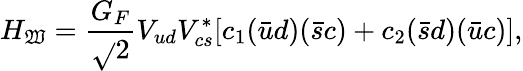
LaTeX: H_{\mathfrak{W}}={\frac{{G_{F}}}{{\sqrt{}{2}}}}V_{ud}V_{cs}^{*}[c_{1}(\bar{{u}}d)(\bar{{s}}c)+c_{2}(\bar{{s}}d)(\bar{{u}}c)],